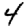
Digit: 4